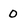
Character: 0